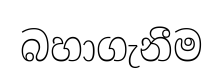
බහාගැනීම